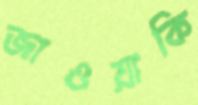
জাওয়াকি